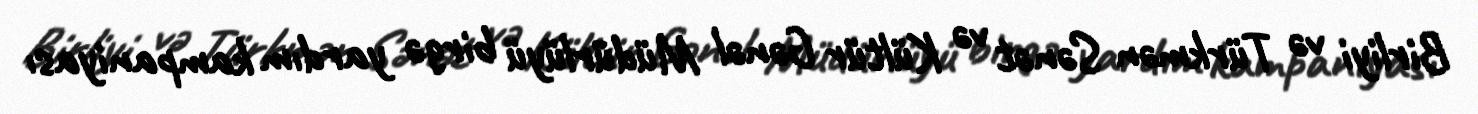
Birliyi və Türkmən Sənət və Kültür Gənəl Müdürlüyü birgə yardım kampaniyası